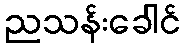
ညသန်းခေါင်